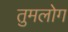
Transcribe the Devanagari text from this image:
तुमलोग